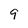
Character: 9